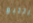
التتبع